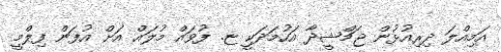
އަމިއްލަ ދިރިއުޅުން ޖަމްޝީދާ އަހުމަދަކީ ޏ. ފުވައް މުލައް އަށް އުފަން ފިލްމީ